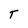
Character: T